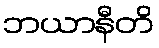
ဘယာနီတိ